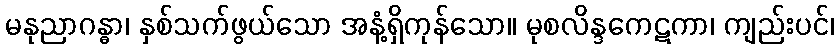
မနုညာဂန္ဓာ၊ နှစ်သက်ဖွယ်သော အနံ့ရှိကုန်သော။ မုစလိန္ဒကေဋကာ၊ ကျည်းပင်၊